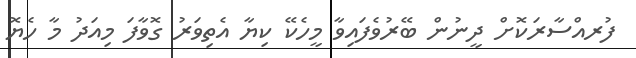
ފުރއްސާރަކޮށް ދީނުން ބޭރުވެފައިވާ މީހެކޭ ކިޔާ އެތިވަރު ގޮވާފަ މިއަދު މާ ހެޔޮ